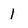
Character: 1